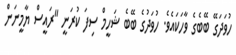
ހުވަދަގޭ ބޭބެގެ ވާހަކައެވެ. ހުވަދުގެ ބޭބެ ޝަހީމް ސިފަ ކުރަނީ "ރައީސް ޔާމީނަން